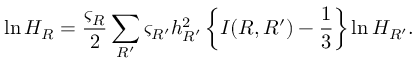
\ln H _ { R } = \frac { \varsigma _ { R } } { 2 } \sum _ { R ^ { \prime } } \varsigma _ { R ^ { \prime } } h _ { R ^ { \prime } } ^ { 2 } \left\{ I ( R , R ^ { \prime } ) - \frac { 1 } { 3 } \right\} \ln H _ { R ^ { \prime } } .